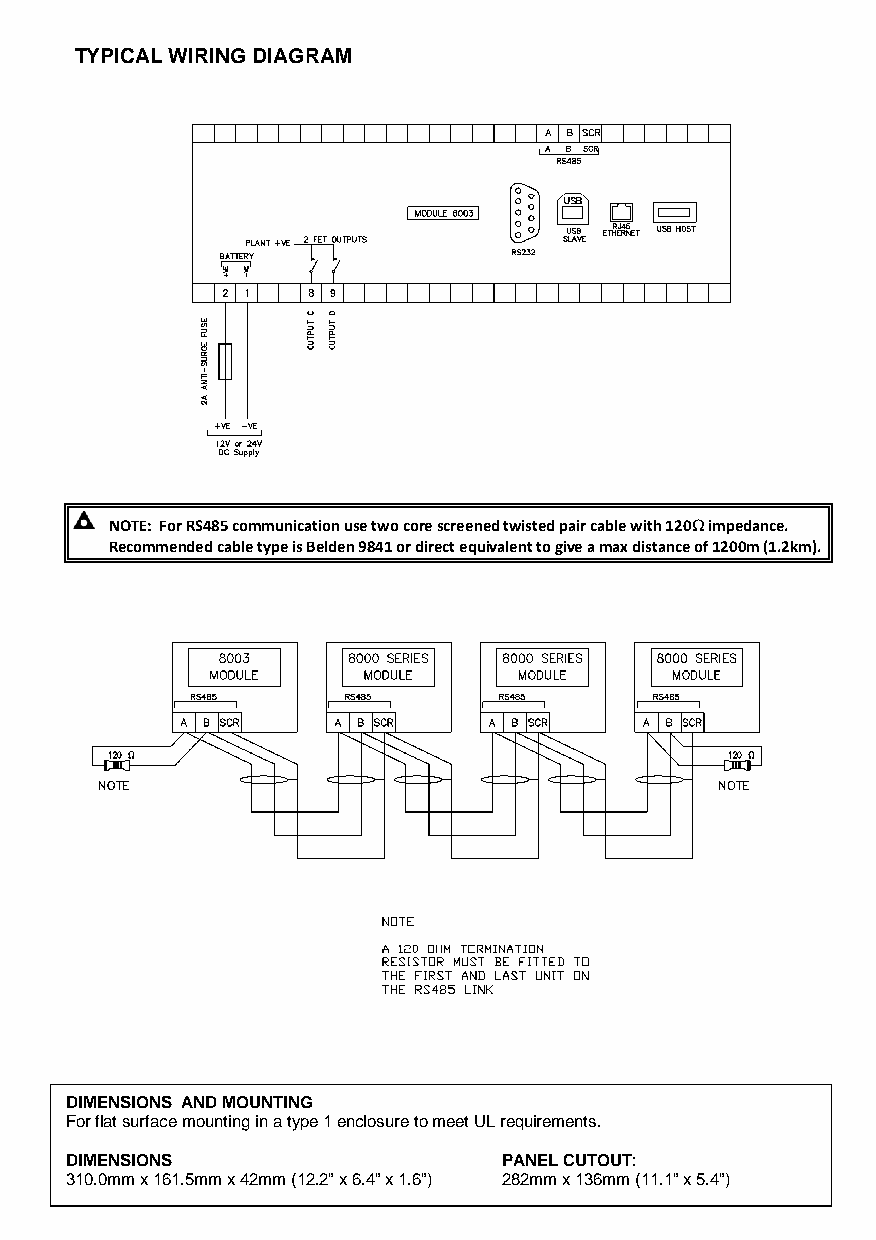
TYPICAL WIRING DIAGRAM
 NOTE: For RS485 communication use two core screened twisted pair cable with 12W0WWW impedance.
 Recommended cable type is Belden 9841 or direct equivalent to give a max distance of 1200m (1.2km).
 DIMENSIONS AND MOUNTING
 For flat surface mounting in a type 1 enclosure to meet UL requirements.
 DIMENSIONS                   PANEL CUTOUT:
 310.0mm x 161.5mm x 42mm (12.2” x 6.4” x 1.6”) 282mm x 136mm (11.1” x 5.4”)